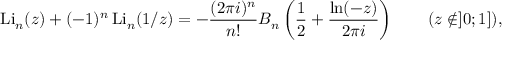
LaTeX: \operatorname { L i } _ { n } ( z ) + ( - 1 ) ^ { n } \operatorname { L i } _ { n } ( 1 / z ) = - { \frac { ( 2 \pi i ) ^ { n } } { n ! } } B _ { n } \left( { \frac { 1 } { 2 } } + { \frac { \ln ( - z ) } { 2 \pi i } } \right) \qquad ( z \not \in ] 0 ; 1 ] ) ,